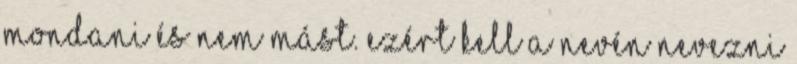
mondani és nem mást. Ezért kell a nevén nevezni